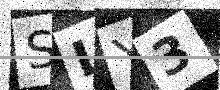
Text: SLY3